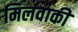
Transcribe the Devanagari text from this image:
मिलवाकी